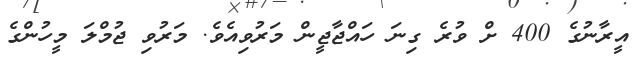
އީރާނުގެ 400 ށް ވުރެ ގިނަ ހައްޖާޖީން މަރުވިއެވެ. މަރުވި ޖުމްލަ މީހުންގެ